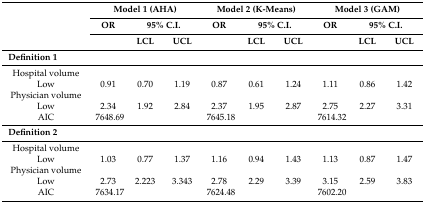
| <ROWSPAN=3>  | <COLSPAN=3> Model 1 (AHA) | <COLSPAN=3> Model 2 (K-Means) | <COLSPAN=3> Model 3 (GAM) |
 | OR | <COLSPAN=2> 95% C.I. | OR | <COLSPAN=2> 95% C.I. | OR | <COLSPAN=2> 95% C.I. |
 |  | LCL | UCL |  | LCL | UCL |  | LCL | UCL |
 | --- | --- | --- | --- | --- | --- | --- | --- | --- | --- |
 | <COLSPAN=10> Definition 1 |
 | Hospital volume |  |  |  |  |  |  |  |  |  |
 | Low | 0.91 | 0.70 | 1.19 | 0.87 | 0.61 | 1.24 | 1.11 | 0.86 | 1.42 |
 | Physician volume |  |  |  |  |  |  |  |  |  |
 | Low | 2.34 | 1.92 | 2.84 | 2.37 | 1.95 | 2.87 | 2.75 | 2.27 | 3.31 |
 | AIC | 7648.69 |  |  | 7645.18 |  |  | 7614.32 |  |  |
 | <COLSPAN=10> Definition 2 |
 | Hospital volume |  |  |  |  |  |  |  |  |  |
 | Low | 1.03 | 0.77 | 1.37 | 1.16 | 0.94 | 1.43 | 1.13 | 0.87 | 1.47 |
 | Physician volume |  |  |  |  |  |  |  |  |  |
 | Low | 2.73 | 2.223 | 3.343 | 2.78 | 2.29 | 3.39 | 3.15 | 2.59 | 3.83 |
 | AIC | 7634.17 |  |  | 7624.48 |  |  | 7602.20 |  |  |